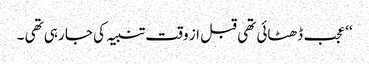
‘‘ عجب ڈھٹائی تھی قبل از وقت تنبیہ کی جا رہی تھی ۔